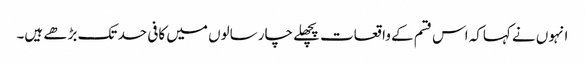
انہوں نے کہاکہ اس قسم کے واقعات پچھلے چار سالوں میں کافی حد تک بڑھے ہیں۔